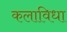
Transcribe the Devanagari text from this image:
कलाविधा